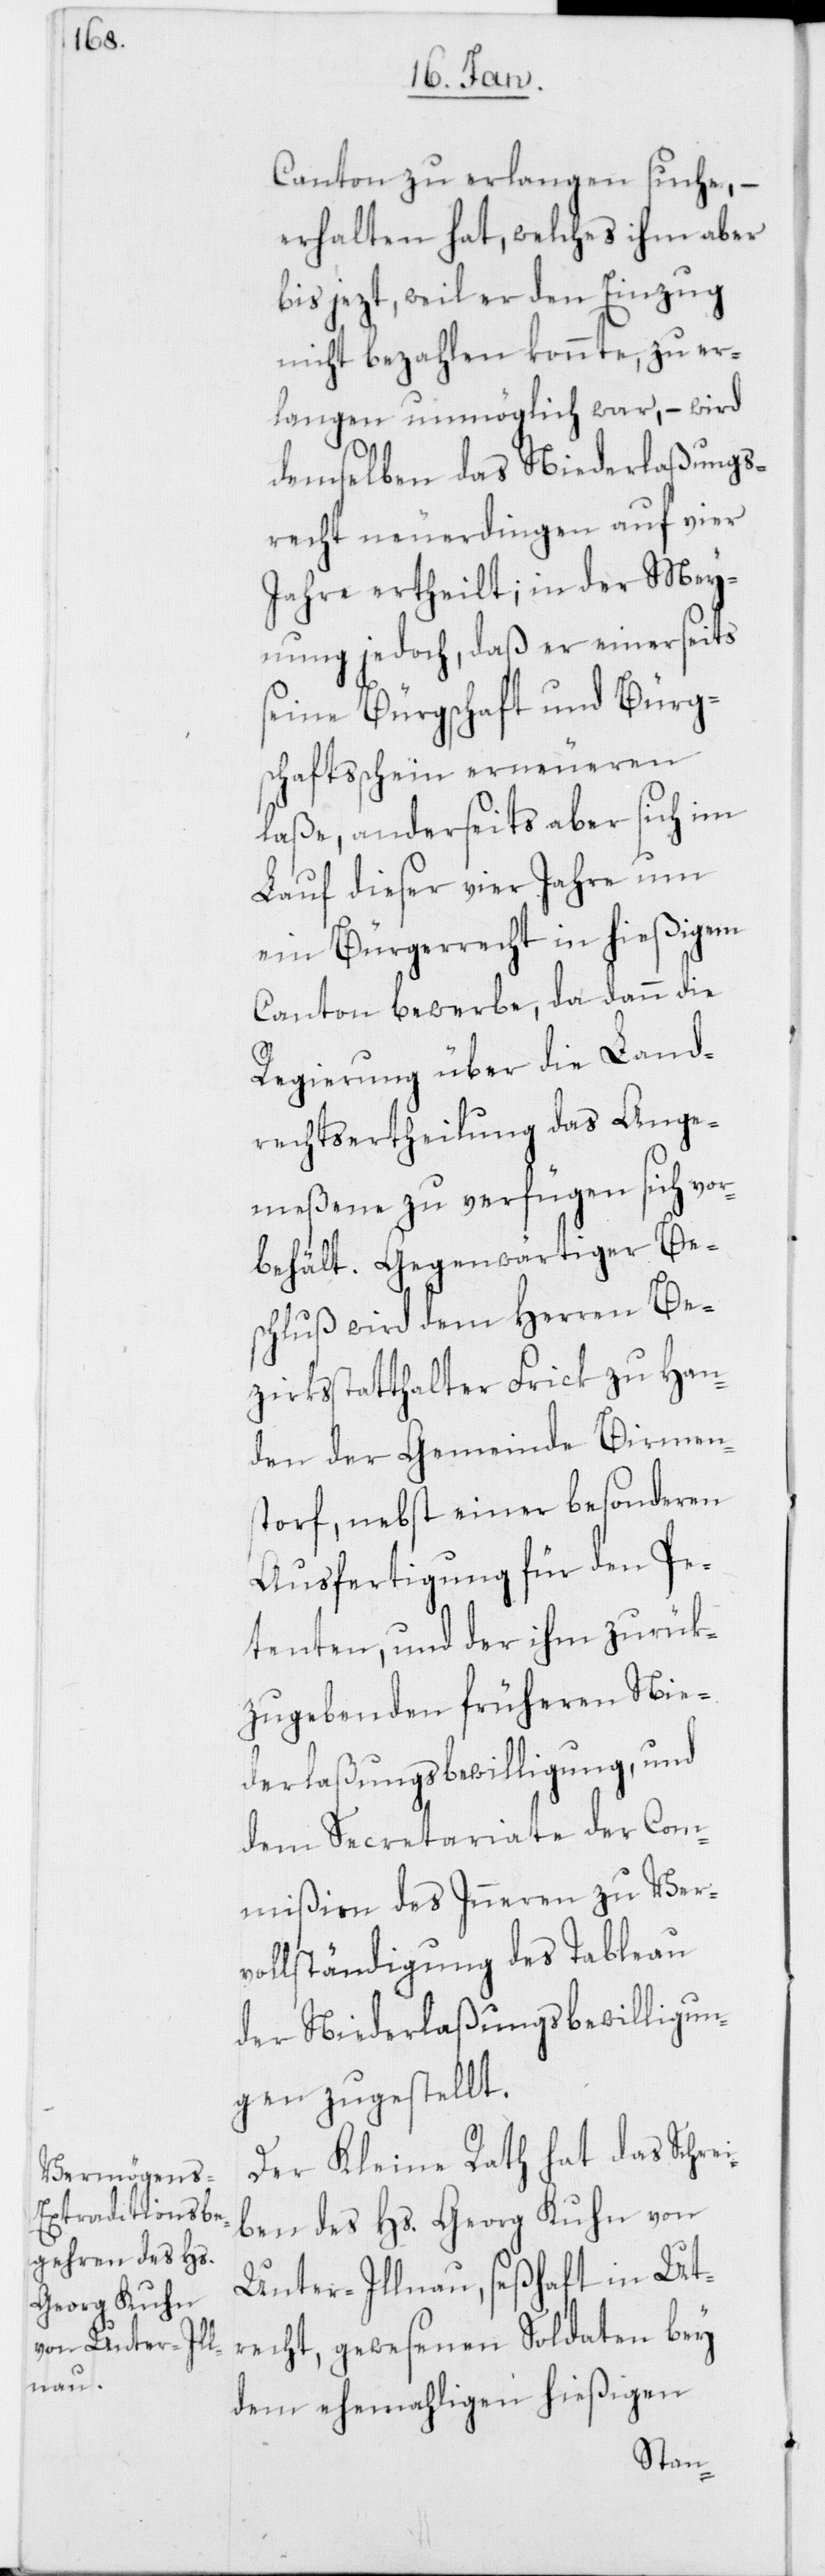
Canton zu erlangen suche, –
erhalten hat, welches ihm aber
bis jezt, weil er den Einzug
nicht bezahlen konnte, zu er¬
langen unmöglich war, – wird
demselben das Niederlaßungs¬
recht neuerdingen auf vier
Jahre ertheilt; in der Mey¬
nung jedoch, daß er einerseits
seine Bürgschaft und Bürg¬
schaftsschein erneueren
laße, anderseits aber sich im
Lauf dieser vier Jahre um
ein Bürgerrecht in hießigem
Canton bewerbe, da dann die
Regierung über die Land¬
rechtsertheilung das Ange¬
meßene zu verfügen sich vor¬
behält. Gegenwärtiger Be¬
schluß wird dem Herren Be¬
zirksstatthalter Frick zu Han¬
den der Gemeinde Birmens¬
torf, nebst einer besonderen
Ausfertigung für den Pe¬
tenten, und der ihm zurük¬
zugebenden früheren Nie¬
derlaßungsbewilligung, und
dem Secretariate der Com¬
mißion des Inneren zu Ver¬
vollständigung des Tableau
der Niederlaßungsbewilligun¬
gen zugestellt.
Der Kleine Rath hat das Schre¬
iben des Hs. Georg Kuhn von
Unter-Illnau, seßhaft in Ut¬
recht, gewesenen Soldaten bey
dem ehemahligen hießigen